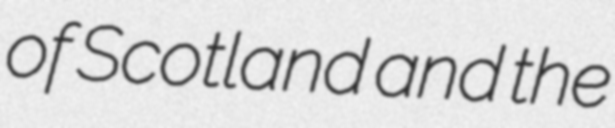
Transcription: of Scotland and the